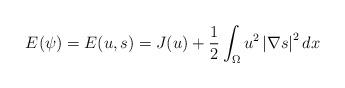
LaTeX: \begin{align*}E(\psi )=E(u,s)=J(u)+\frac{1}{2}\int \nolimits_{\Omega }u^{2}\left \vert\nabla s\right \vert ^{2}dx \end{align*}